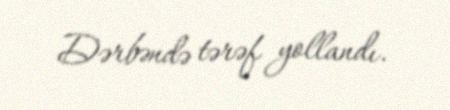
Dərbəndə tərəf yollandı.